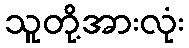
သူတို့အားလုံး